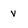
Character: v